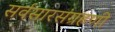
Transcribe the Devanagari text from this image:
सर्वसारसंग्रहणी